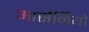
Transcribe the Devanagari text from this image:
आर्सेनियो